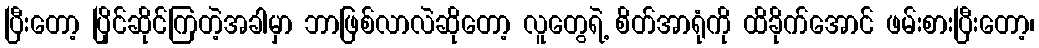
ပြီးတော့ ပြိုင်ဆိုင်ကြတဲ့အခါမှာ ဘာဖြစ်လာလဲဆိုတော့ လူတွေရဲ့ စိတ်အာရုံကို ထိခိုက်အောင် ဖမ်းစားပြီးတော့၊